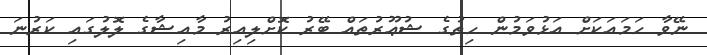
ނޭވާ ހަމައަކަށް އަޅުވަމުން ހިތުގެ ޝުޢޫރުތައް ބޭރު ކޮށްލިއިރު މާއިޝާގެ ލޮލުގައި ކަރުނަ